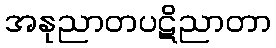
အနုညာတပဋိညာတာ